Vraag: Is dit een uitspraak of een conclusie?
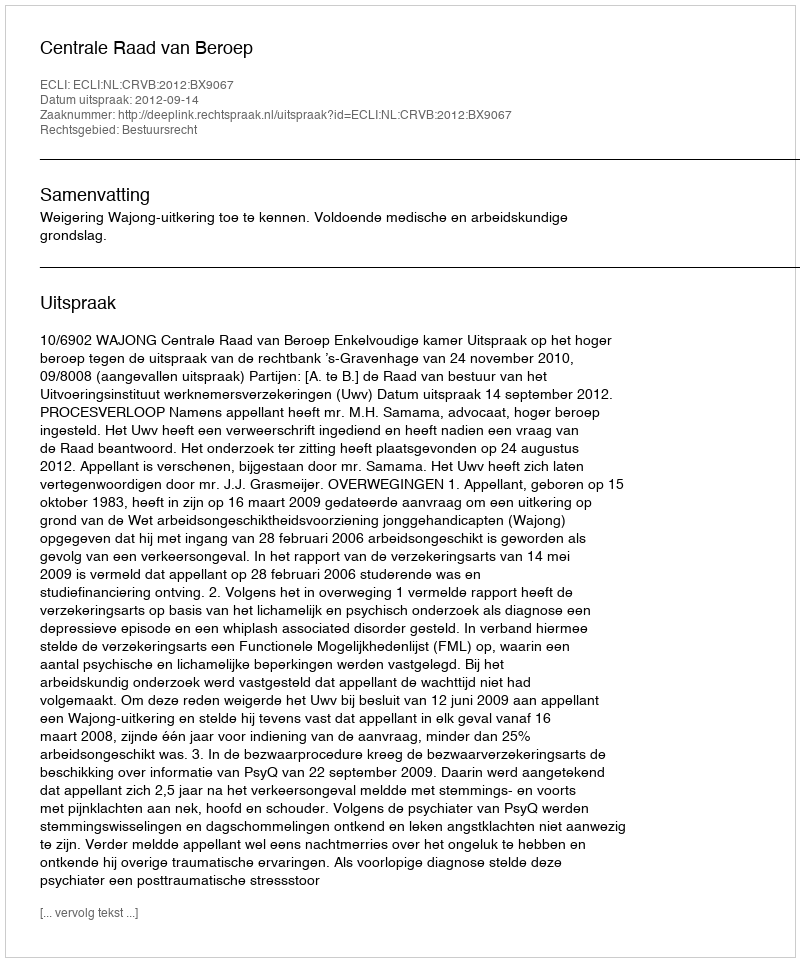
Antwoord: Uitspraak